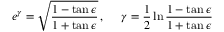
e ^ { \gamma } = \sqrt { \frac { 1 - \tan \epsilon } { 1 + \tan \epsilon } } \, , ~ ~ ~ ~ \gamma = \frac { 1 } { 2 } \ln \frac { 1 - \tan \epsilon } { 1 + \tan \epsilon }